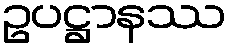
ဥပဋ္ဌာနဿ